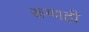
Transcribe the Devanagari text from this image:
रूग्णही